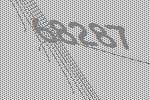
68287